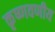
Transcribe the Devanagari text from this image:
कृष्णवणीय